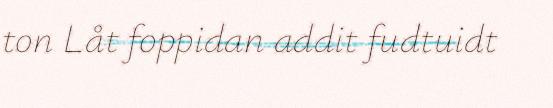
ton Låt foppidan addit fudtuidt